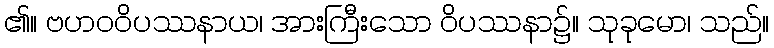
၏။ ဗဟဝဝိပဿနာယ၊ အားကြီးသော ဝိပဿနာ၌။ သုခုမော၊ သည်။